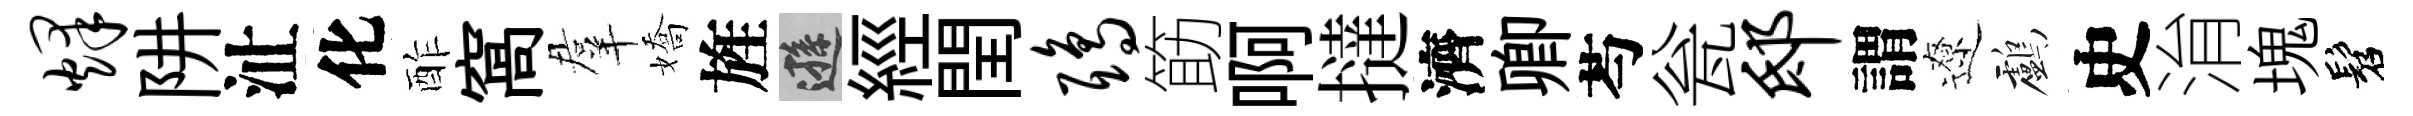
烽阱沚化酢窩羣嬌旌遜經閏鸱筯啊撻濟卿芍瓮邸謂遼鸕史㳙塊髫